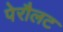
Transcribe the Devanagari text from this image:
पेरौलट